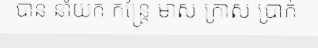
បាន នាំយក កន្ត្រៃ មាស ក្រាស ប្រាក់